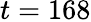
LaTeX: t=168